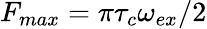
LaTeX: F_{max}=\pi\tau_{c}\omega_{ex}/2